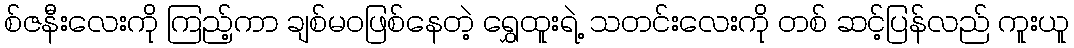
စ်ဇနီးလေးကို ကြည့်ကာ ချစ်မဝဖြစ်နေတဲ့ ရွှေထူးရဲ့ သတင်းလေးကို တစ် ဆင့်ပြန်လည် ကူးယူ